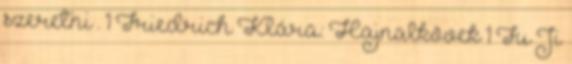
szeretni . 1 Friedrich Klára: Hajnalkövek 1 Fu Ji